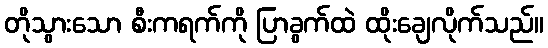
တိုသွားသော စီးကရက်ကို ပြာခွက်ထဲ ထိုးချေလိုက်သည်။